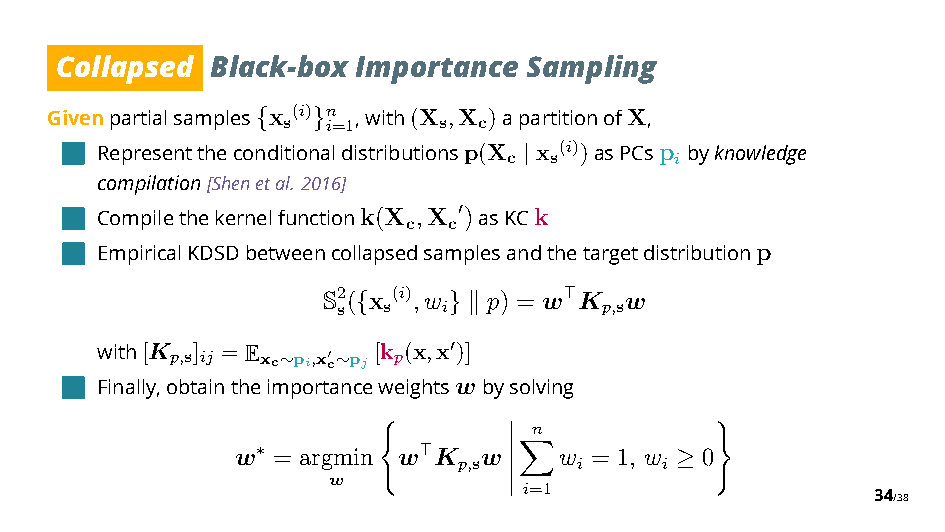
Collapsed Black-box Importance Sampling
 Givenpartialsamples {x s(i) }n i=1,with(X s,X c)apartitionofX,
 Representtheconditionaldistributionsp(X c x s(i))asPCsp ibyknowledge
 |
 compilation[Shenetal. 2016]
 Compilethekernelfunctionk(X c,X c")asKCk
 EmpiricalKDSDbetweencollapsedsamplesandthetargetdistributionp
 S2 s( {x s(i),w
 i
 }$
 p) = w %K p,sw
 with[K p,s] ij = Exc ∼pi,x"c∼pj [k p(x,x ")]
 Finally,obtaintheimportanceweightswbysolving
 n
 w = argmin w K  w    w = 1, w 0
 ∗          % p,s     i     i
 w  )        ’          ≥ *
 ’ ’!i=1                 34/38
 ’
 ’